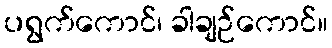
ပရွက်ကောင်၊ ခါချဉ်ကောင်။